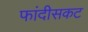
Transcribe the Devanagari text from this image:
फांदीसकट